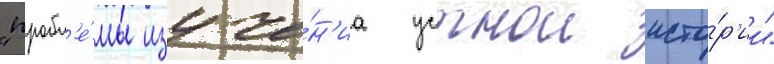
"пробл'е́мы изуче́н'иа устнои исто́р'ии"